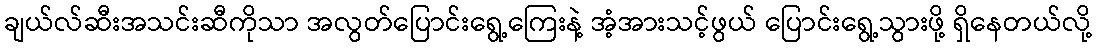
ချယ်လ်ဆီးအသင်းဆီကိုသာ အလွတ်ပြောင်းရွေ့ကြေးနဲ့ အံ့အားသင့်ဖွယ် ပြောင်းရွေ့သွားဖို့ ရှိနေတယ်လို့